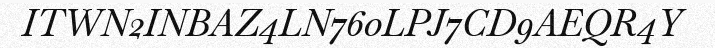
ITWN2INBAZ4LN760LPJ7CD9AEQR4Y